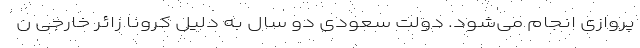
پروازی انجام می‌شود. دولت سعودی دو سال به دلیل کرونا زائر خارجی ن